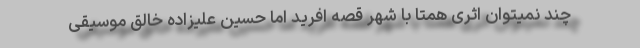
چند نمیتوان اثری همتا با شهر قصه افرید اما حسین علیزاده خالق موسیقی